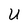
Character: U